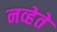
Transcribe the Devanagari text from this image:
नव्हेते